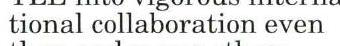
tional collaboration even